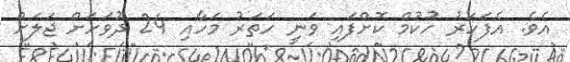
އެވެ. އެފަހަރު ހުކުމް ކޮށްފައި ވަނީ ހަތަރު މަހާއި 24 ދުވަހަށް ޖަލަށް